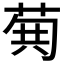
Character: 𮏐